Vaccination in Bombay 1874-1876 - 1874-1876
Year: 1874
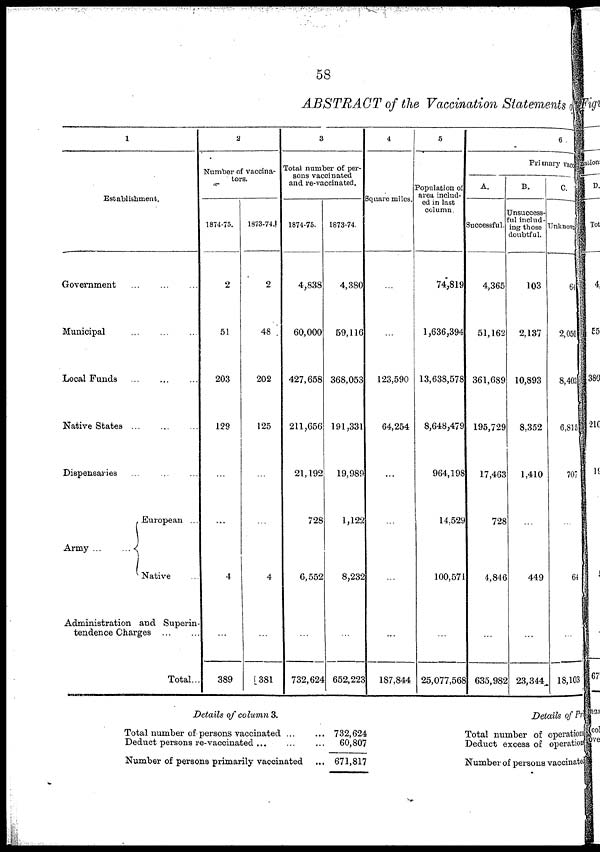
58
ABSTRACT of the Vaccination Statements F
1
Establishment.
Government
...
...
...
Municipal ... ... ...
Local Funds
...
...
...
Native States ... ... ...
Dispensaries ... ... ...
Army ...
...
European ...
Native ...
Administration and Superin-
tendence Charges
...
...
Total...
2
Number of vaccina-
tors.
1874-75.
2
51
203
129
...
...
4
...
389
1873-74.
2
48
202
125
...
...
4
...
381
3
Total number of per-
sons vaccinated
and re-vaccinated.
1874-75.
4,838
60,000
427,658
211,656
21,192
728
6,552
...
732,624
1873-74.
4,380
59,116
368,053
191,331
19,989
1,122
8,232
...
652,223
4
Square miles.
...
...
123,590
64,254
...
...
...
...
187,844
5
Population of
area includ-
ed in last
column.
74,819
1,636,394
13,638,578
8,648,479
964,198
14,529
100,571
...
25,077,568
6 .
Primary vaccination
A.
Successful.
4,365
51,162
361,689
195,729
17,463
728
4,846
...
635,982
B.
Unsuccess¬
ful includ-
ing those
doubtful.
103
2,137
10,893
8,352
1,410
...
449
...
23,344
C.
Unknown
64
2,050
8,403
6,815
707
...
64
...
18,103
Details of column 3.
Total number of persons vaccinated ... ...
Deduct persons re-vaccinated ... ... ...
Number of persons primarily vaccinated ...
732,624
60,807
671,817
Details of Pr
Total number of operations
Deduct excess of operations
Number of persons vaccinated